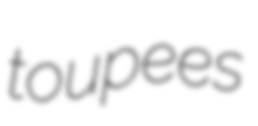
toupees